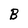
Character: B